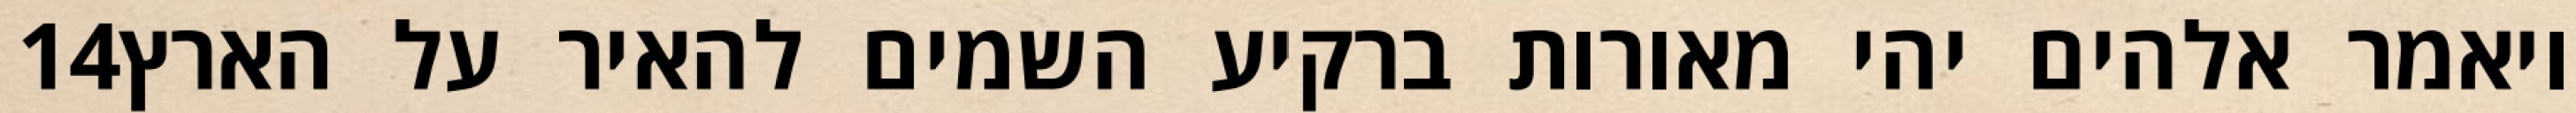
‎14‏ ויאמר אלהים יהי מאורות ברקיע השמים להאיר על הארץ